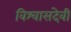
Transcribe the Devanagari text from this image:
विश्वासदेवी